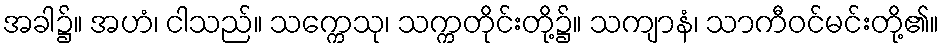
အခါ၌။ အဟံ၊ ငါသည်။ သက္ကေသု၊ သက္ကတိုင်းတို့၌။ သကျာနံ၊ သာကီဝင်မင်းတို့၏။